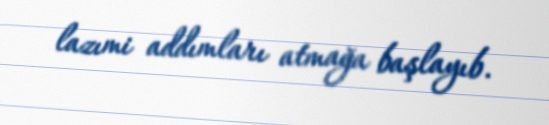
lazımi addımları atmağa başlayıb.